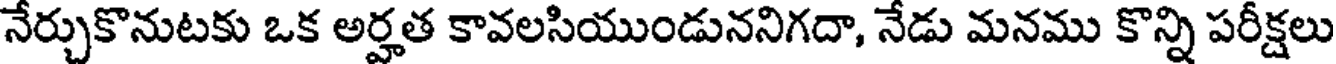
నేర్చుకొనుటకు ఒక అర్హత కావలసియుండుననిగదా, నేడు మనము కొన్ని పరీక్షలు